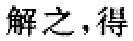
解之，得